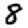
Digit: 8